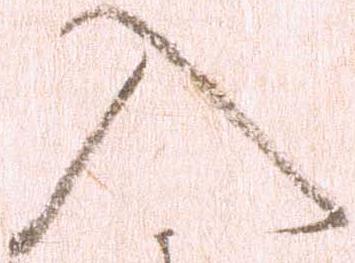
入